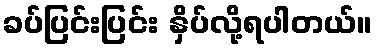
ခပ်ပြင်းပြင်း နှိပ်လို့ရပါတယ်။